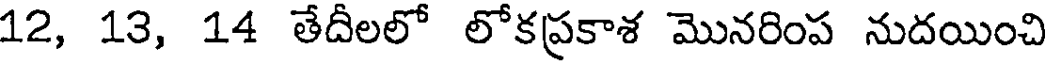
12, 13, 14 తేదీలలో లోకప్రకాశ మొనరింప నుదయించి